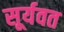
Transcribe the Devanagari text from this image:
सूर्यवत